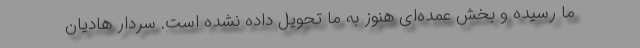
ما رسیده و بخش عمده‌ای هنوز به ما تحویل داده نشده است. سردار هادیان